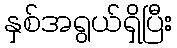
နှစ်အရွယ်ရှိပြီး